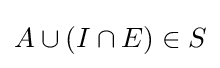
{\textstyle A\cup (I\cap E)\in S}